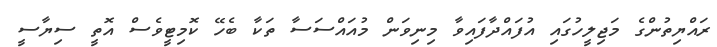
ރައްޔިތުންގެ މަޖިލީހުގައި އުފައްދާފައިވާ މިނިވަން މުއައްސަސާ ތަކާ ބެހޭ ކޮމިޓީވެސް އޮތީ ސިޔާސީ